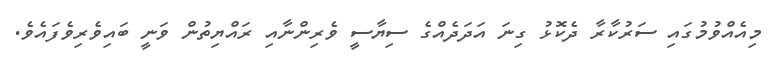
މިއެއްވުމުގައި ސަރުކާރާ ދެކޮޅު ގިނަ އަދަދެއްގެ ސިޔާސީ ވެރިންނާއި ރައްޔިތުން ވަނީ ބައިވެރިވެފައެވެ.